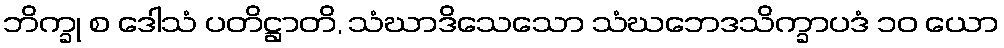
ဘိက္ခု စ ဒေါသံ ပတိဋ္ဌာတိ, သံဃာဒိသေသော သံဃဘေဒသိက္ခာပဒံ ၁၀ ယော